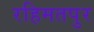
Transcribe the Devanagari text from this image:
रहिमतपुर